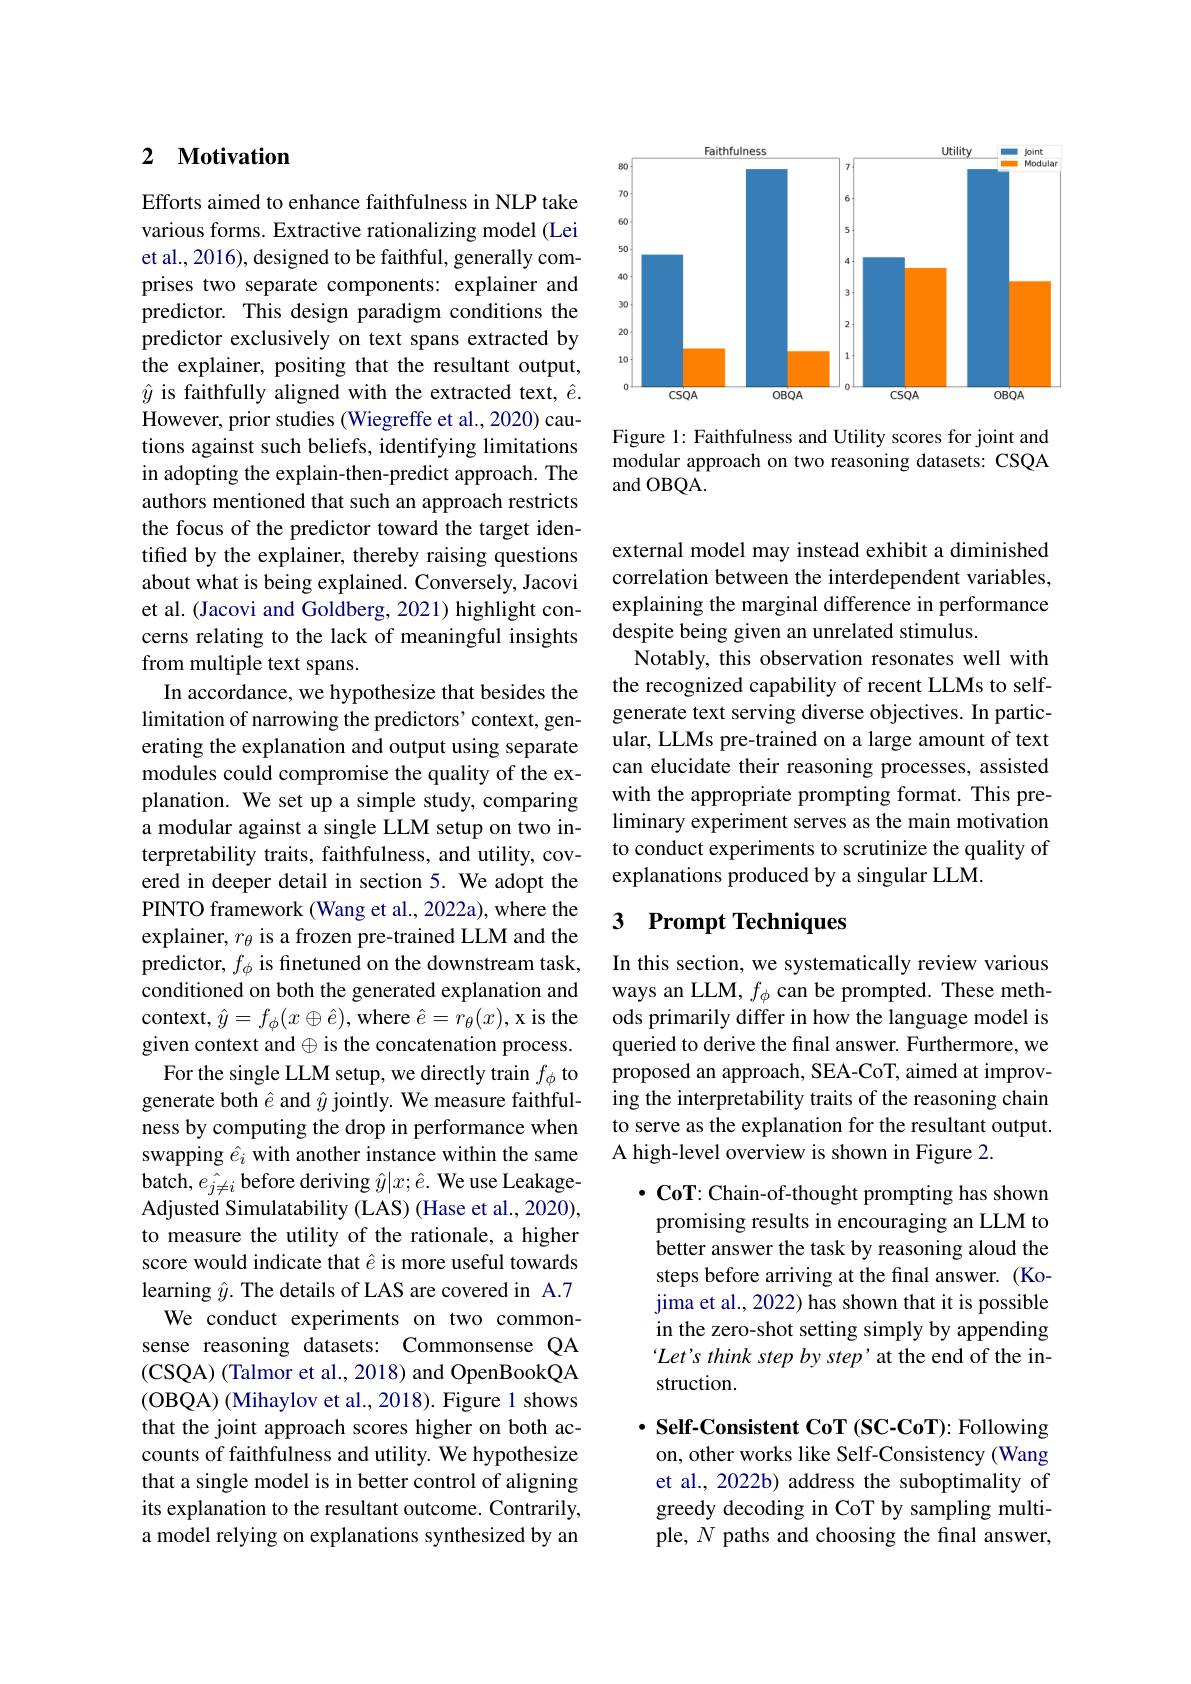
# 2 Motivation

Efforts aimed to enhance faithfulness in NLP take various forms. Extractive rationalizing model (Lei et al., 2016), designed to be faithful, generally comprises two separate components: explainer and predictor. This design paradigm conditions the predictor exclusively on text spans extracted by the explainer, positing that the resultant output, $\hat{y}$ is faithfully aligned with the extracted text, $\hat{e}.$ However, prior studies (Wiegreffe et al., 2020) cautions against such beliefs, identifying limitations in adopting the explain-then-predict approach. The authors mentioned that such an approach restricts the focus of the predictor toward the target identified by the explainer, thereby raising questions about what is being explained. Conversely, Jacovi et al. (Jacovi and Goldberg, 2021) highlight concerns relating to the lack of meaningful insights from multiple text spans.
In accordance, we hypothesize that besides the limitation of narrowing the predictors' context, generating the explanation and output using separate modules could compromise the quality of the explanation. We set up a simple study, comparing a modular against a single LLM setup on two interpretability traits, faithfulness, and utility, covered in deeper detail in section 5. We adopt the PINTO framework (Wang et al., 2022a), where the explainer, $r_\theta$ is a frozen pre-trained LLM and the predictor, $f_\phi$ is finetuned on the downstream task, conditioned on both the generated explanation and context, $\hat{y}=f_\phi(x\oplus\hat{e})$, where $\hat{e}=r_\theta(x)$, x is the given context and $\oplus$ is the concatenation process.
For the single LLM setup, we directly train $f_\phi$ to generate both $\hat{e}$ and $\hat{y}$ jointly. We measure faithfulness by computing the drop in performance when swapping $\hat{e}_i$ with another instance within the same batch, $e_{j\neq i}$ before deriving $\hat y|x;\hat{e}.$ We use LeakageAdjusted Simulatability (LAS) (Hase et al., 2020), to measure the utility of the rationale, a higher score would indicate that ê is more useful towards learning $\hat{y}.$ The details of LAS are covered in A.7
We conduct experiments on two commonsense reasoning datasets: Commonsense QA (CSQA) (Talmor et al., 2018) and OpenBookQA (OBQA) ( Mihaylov et al. , 2018) . Figure 1 shows that the joint approach scores higher on both accounts of faithfulness and utility. We hypothesize that a single model is in better control of aligning its explanation to the resultant outcome. Contrarily, a model relying on explanations synthesized by an

<FigureHere>

Figure 1: Faithfulness and Utility scores for joint and modular approach on two reasoning datasets: CSQA and OBQA.

external model may instead exhibit a diminished correlation between the interdependent variables, explaining the marginal difference in performance despite being given an unrelated stimulus.
Notably, this observation resonates well with the recognized capability of recent LLMs to selfgenerate text serving diverse objectives. In particular, LLMs pre-trained on a large amount of text can elucidate their reasoning processes, assisted with the appropriate prompting format. This preliminary experiment serves as the main motivation to conduct experiments to scrutinize the quality of explanations produced by a singular LLM.

### 3 Prompt Techniques

In this section, we systematically review various ways an LLM, $f_\phi$ can be prompted. These methods primarily differ in how the language model is queried to derive the final answer. Furthermore, we proposed an approach, SEA-CoT, aimed at improving the interpretability traits of the reasoning chain to serve as the explanation for the resultant output. A high-level overview is shown in Figure 2.

$\bullet$ CoT: Chain-of-thought prompting has shown promising results in encouraging an LLM to better answer the task by reasoning aloud the steps before arriving at the final answer. (Kojima et al., 2022) has shown that it is possible in the zero-shot setting simply by appending Let's think step by step'at the end of the instruction.

$\cdot$ Self-Consistent CoT (SC-CoT): Following on, other works like Self-Consistency (Wang et al., 2022b) address the suboptimality of greedy decoding in CoT by sampling multiple, $N$ paths and choosing the final answer,